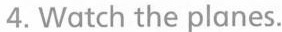
4.Watch the planes.